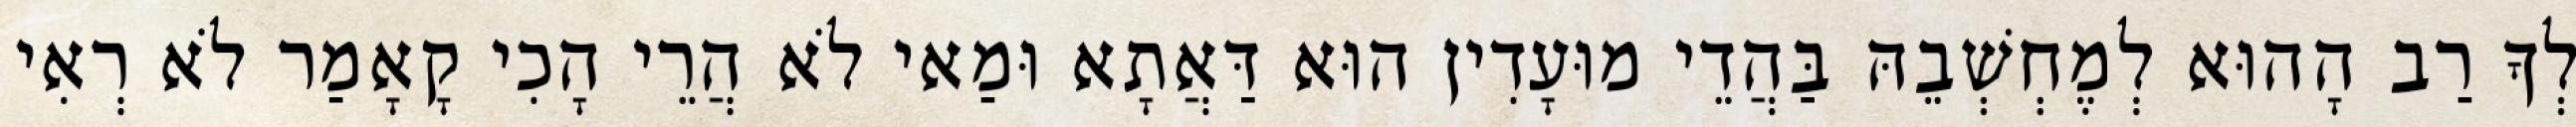
לְךָ רַב הָהוּא לְמֶחְשְׁבֵהּ בַּהֲדֵי מוּעָדִין הוּא דַּאֲתָא וּמַאי לֹא הֲרֵי הָכִי קָאָמַר לֹא רְאִי